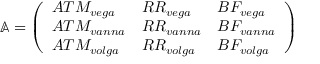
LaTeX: \mathbb { A } = { \left( \begin{array} { l l l } { A T M _ { v e g a } } & { R R _ { v e g a } } & { B F _ { v e g a } } \\ { A T M _ { v a n n a } } & { R R _ { v a n n a } } & { B F _ { v a n n a } } \\ { A T M _ { v o l g a } } & { R R _ { v o l g a } } & { B F _ { v o l g a } } \end{array} \right) }